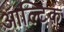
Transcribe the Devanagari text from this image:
आल्टिक